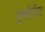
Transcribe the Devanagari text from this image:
सुपरिरित